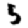
Digit: 5